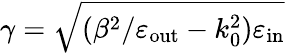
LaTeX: \gamma=\sqrt{(\beta^{2}/\varepsilon_{\mathrm{out}}-k_{0}^{2})\varepsilon_{\mathrm{in}}}